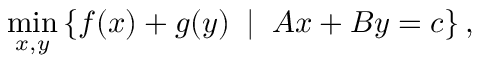
\operatorname* { m i n } _ { x , y } \left\{ f ( x ) + g ( y ) \; \; | \; \; A x + B y = c \right\} ,